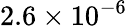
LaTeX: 2.6\times 10^{-6}